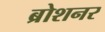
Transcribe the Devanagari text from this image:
ब्रोशनर